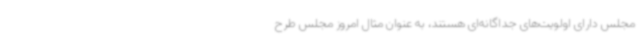
مجلس دارای اولویت‌های جداگانه‌ای هستند، به عنوان مثال امروز مجلس طرح